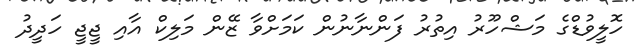
ހޮލީވުޑްގެ މަޝްހޫރު އިތުރު ފަންނާނުން ކަމަށްވާ ޒޭން މަލިކް އާއި ޖީޖީ ހަދީދު